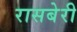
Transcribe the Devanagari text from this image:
रासबेरी